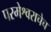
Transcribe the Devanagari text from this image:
परमेश्वराचेच